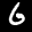
Label: 6